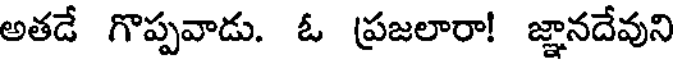
అతడే గొప్పవాడు. ఓ (ప్రజలారా! జ్ఞానదేవుని